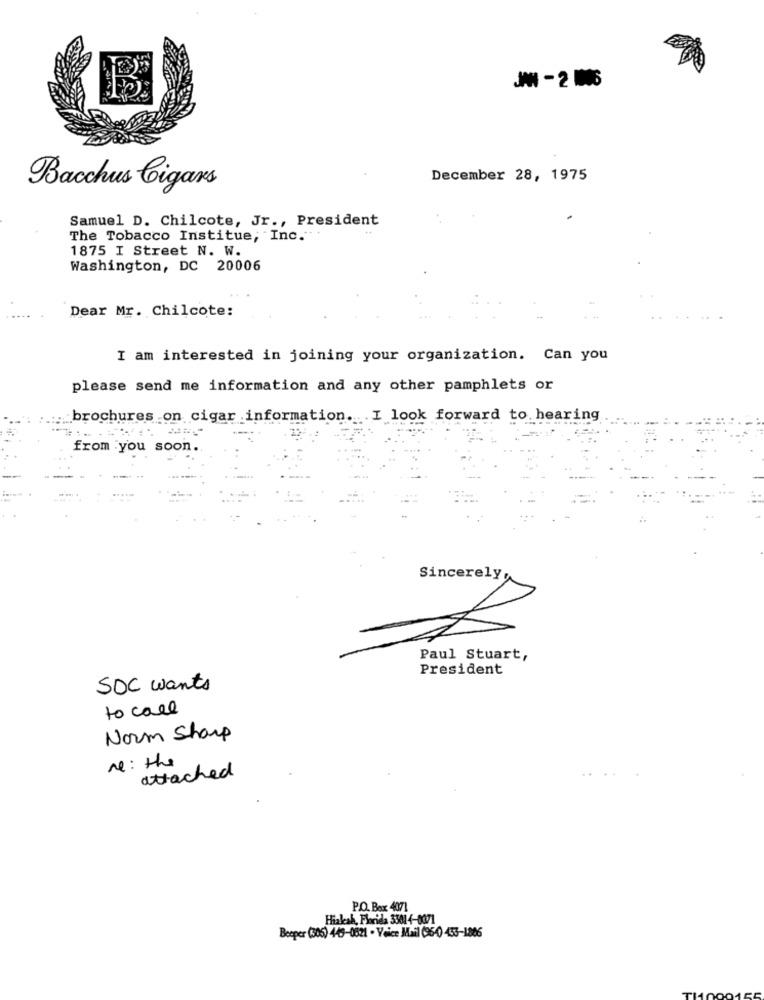
JAN -2 16
December 28, 1975
Bacchus Cigars
Samuel D. Chilcote, Jr ., President
The Tobacco Institue, Inc."
1875 I Street N. W.
Washington, DC 20006
Dear Mr. Chilcote:
I am interested in joining your organization. Can you
please send me information and any other pamphlets or
brochures on cigar information. I look forward to hearing
from you soon.
Sincerely,
Paul Stuart,
President
SOC wants
to call
Norm Sharp
re: the
attached
P.O. Box 4071
Hiakak, Florida 3301 4-0371
Beeper (306) 449-0821 . Voice Mail (96-4) 453-1886